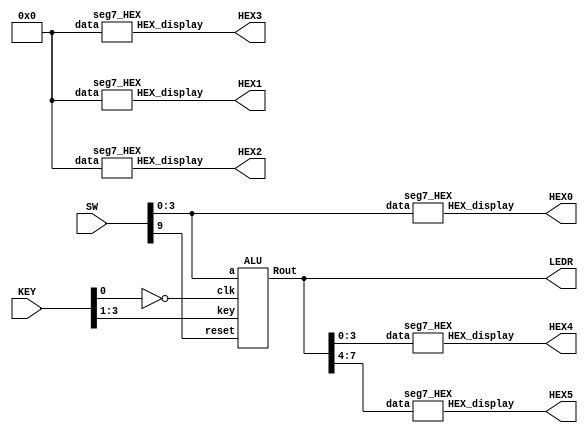
`timescale 1ns / 1ns
module main(SW, KEY, LEDR, HEX0, HEX1, HEX2, HEX3, HEX4, HEX5);
    input [9:0] SW;
    input [3:0] KEY;
    output [7:0] LEDR;
    output [6:0] HEX0;
    output [6:0] HEX1;
    output [6:0] HEX2;
    output [6:0] HEX3;
    output [6:0] HEX4;
    output [6:0] HEX5;

    seg7_HEX hex0 (.data(SW[3:0]), .HEX_display(HEX0));
    seg7_HEX hex1 (.data(4'b0000), .HEX_display(HEX2));
    seg7_HEX hex2 (.data(4'b0000), .HEX_display(HEX1));
    seg7_HEX hex3 (.data(4'b0000), .HEX_display(HEX3));

    ALU z(.a(SW[3:0]), .reset(SW[9]), .clk(~KEY[0]), .key(KEY[3:1]), .Rout(LEDR));

    seg7_HEX hex4 (.data(LEDR[3:0]), .HEX_display(HEX4));
    seg7_HEX hex5 (.data(LEDR[7:4]), .HEX_display(HEX5));

endmodule

module flip_flop(reset, clk, D, Q);
    input reset;
    input clk;
    input [7:0] D;
    output reg [7:0] Q;

    always@(posedge clk)//   triggered every time clock rises
        begin
            if (reset == 1'b1)//   when Reset  b is 1 (note this is tested on every rising clock edge)
                Q <= 0; // q is set to 0. Note that the assignment uses <= 
            else //   when Reset  b is not 0 
                Q <= D; //   value of d passes through to output q
    end

endmodule

module ALU(a, reset, clk, key, Rout);
    input [3:0] a;
    input [2:0] key;
    input clk;
    input reset;
    output [7:0] Rout;
    
    wire [7:0] adder_storage;
    reg [3:0] b;
    reg [7:0] ALUout;
    
    adder u1 (.a(a), .b(b), .ALUout(adder_storage));
    flip_flop u2 (.reset(reset), .clk(clk), .D(ALUout), .Q(Rout));

    always @(*)
    begin
        b = Rout[3:0];
        case(~key)
            3'b000: ALUout = adder_storage;
            3'b001: ALUout = a + b;
            3'b010: ALUout = {(~(a&b)), (~(a^b))}; // NAND(A, B), XNOR(A, B) concatenated
            3'b011: ALUout = a || b ? 8'b0001111: 8'b00000000;
            3'b100: ALUout = ((a[0] + a[1] + a[2] + a[3] == 1'b1) && (b[0] + b[1] + b[2] + b[3] == 2'b10)) ? 8'b1110000: 8'b00000000;
            3'b101: ALUout = {a, b};
            default: ALUout = 8'b00000000;
        endcase
    end

// The A and B inputs connect to switches SW 74 and SW 30 respectively.
// Use KEY 20 for the function inputs. Display ALU out[7:0] in binary on LEDR70;  
// have HEX0 and HEX2 display the values of B and A respectively and set HEX1 and HEX3 to 0. 
// HEX4 and HEX5 should display ALUout [3:0] and ALUout [7:4] respectively.
endmodule

module adder(a, b, ALUout);
    input [3:0] a;
    input [3:0] b;
    output [7:0] ALUout;
    wire c1, c2, c3;
    
    //             bit0, bit1, cin, sum, cout
    full_adder u1 (.bit0(a[0]), .bit1(b[0]), .cin(1'b0), .sum(ALUout[0]), .cout(c1));
    full_adder u2 (.bit0(a[1]), .bit1(b[1]), .cin(c1), .sum(ALUout[1]), .cout(c2));
    full_adder u3 (.bit0(a[2]), .bit1(b[2]), .cin(c2), .sum(ALUout[2]), .cout(c3));
    full_adder u4 (.bit0(a[3]), .bit1(b[3]), .cin(c3), .sum(ALUout[3]), .cout(ALUout[4]));
    assign ALUout[5] = 0;
    assign ALUout[6] = 0;
    assign ALUout[7] = 0;
endmodule

module full_adder(input bit0, bit1, cin,
                  output sum, cout);
    assign sum = bit0^bit1^cin;
    assign cout = (bit0&bit1)|(bit0&cin)|(bit1&cin);
endmodule

module seg7_HEX (data, HEX_display);
    input [0:3] data;
    output [6:0] HEX_display;

    assign HEX_display[0] = (~ data[0] & ~ data[1] & ~ data[2] & data[3]) | (~ data[0] & data[1] & ~ data[2] & ~ data[3]) | (data[0] & ~ data[1] & data[2] & data[3]) | (data[0] & data[1] & ~ data[2] & data[3]);
    assign HEX_display[1] = (data[0] & data[1] & data[2] & data[3]) | (data[0] & data[1] & data[2] & ~ data[3]) | (data[0] & data[1] & ~ data[2] & ~ data[3]) | (data[0] & ~ data[1] & data[2] & data[3]) | (~ data[0] & data[1] & data[2] & ~ data[3]) | (~ data[0] & data[1] & ~ data[2] & data[3]);
    assign HEX_display[2] = (data[0] & data[1] & data[2] & data[3]) | (data[0] & data[1] & data[2] & ~ data[3]) | (data[0] & data[1] & ~ data[2] & ~ data[3]) | (~ data[0] & ~ data[1] & data[2] & ~ data[3]);
    assign HEX_display[3] = (data[0] & data[1] & data[2] & data[3]) | (data[0] & ~ data[1] & data[2] & ~ data[3]) | (data[0] & ~ data[1] & ~ data[2] & data[3]) | (~ data[0] & data[1] & data[2] & data[3]) | (~ data[0] & data[1] & ~ data[2] & ~ data[3]) | (~ data[0] & ~ data[1] & ~ data[2] & data[3]);
    assign HEX_display[4] = (data[0] & ~ data[1] & ~ data[2] & data[3]) | (~ data[0] & data[1] & data[2] & data[3]) | (~ data[0] & data[1] & ~ data[2] & data[3]) | (~ data[0] & data[1] & ~ data[2] & ~ data[3]) | (~ data[0] & ~ data[1] & data[2] & data[3]) | (~ data[0] & ~ data[1] & ~ data[2] & data[3]);
    assign HEX_display[5] = (data[0] & data[1] & ~ data[2] & data[3]) | (~ data[0] & data[1] & data[2] & data[3]) | (~ data[0] & ~ data[1] & data[2] & data[3]) | (~ data[0] & ~ data[1] & data[2] & ~ data[3]) | (~ data[0] & ~ data[1] & ~ data[2] & data[3]);
    assign HEX_display[6] = (data[0] & data[1] & ~ data[2] & ~ data[3]) | (~ data[0] & data[1] & data[2] & data[3]) | (~ data[0] & ~ data[1] & ~ data[2] & data[3]) | (~ data[0] & ~ data[1] & ~ data[2] & ~ data[3]);
endmodule